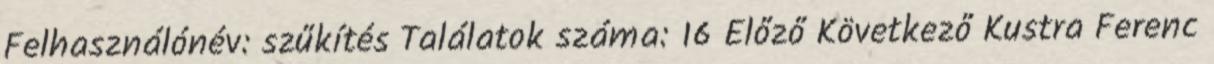
Felhasználónév: szűkítés Találatok száma: 16 Előző Következő Kustra Ferenc